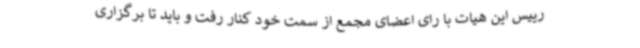
رییس این هیات با رای اعضای مجمع از سمت خود کنار رفت و باید تا برگزاری